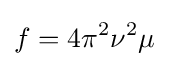
f=4\pi ^{2}\nu ^{2}\mu